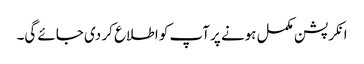
انکرپشن مکمل ہونے پر آپ کو اطلاع کر دی جائے گی۔